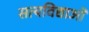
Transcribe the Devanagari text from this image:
सत्यविद्याओं